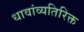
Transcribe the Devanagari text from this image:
धावांव्यतिरिक्त